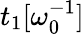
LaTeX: t_{1}[\omega_{0}^{-1}]